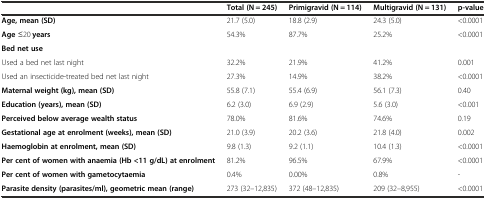
<table><thead><tr><td></td><td><b>Total (N = 245)</b></td><td><b>Primigravid (N = 114)</b></td><td><b>Multigravid (N = 131)</b></td><td><b>p-value</b></td></tr></thead><tbody><tr><td><b>Age, mean (SD)</b></td><td>21.7 (5.0)</td><td>18.8 (2.9)</td><td>24.3 (5.0)</td><td>&lt;0.0001</td></tr><tr><td><b>Age</b> ≤20 <b>years</b></td><td>54.3%</td><td>87.7%</td><td>25.2%</td><td>&lt;0.0001</td></tr><tr><td><b>Bed net use</b></td><td></td><td></td><td></td><td></td></tr><tr><td>Used a bed net last night</td><td>32.2%</td><td>21.9%</td><td>41.2%</td><td>0.001</td></tr><tr><td>Used an insecticide-treated bed net last night</td><td>27.3%</td><td>14.9%</td><td>38.2%</td><td>&lt;0.0001</td></tr><tr><td><b>Maternal weight (kg), mean (SD)</b></td><td>55.8 (7.1)</td><td>55.4 (6.9)</td><td>56.1 (7.3)</td><td>0.40</td></tr><tr><td><b>Education (years), mean (SD)</b></td><td>6.2 (3.0)</td><td>6.9 (2.9)</td><td>5.6 (3.0)</td><td>&lt;0.001</td></tr><tr><td><b>Perceived below average wealth status</b></td><td>78.0%</td><td>81.6%</td><td>74.6%</td><td>0.19</td></tr><tr><td><b>Gestational age at enrolment (weeks), mean (SD)</b></td><td>21.0 (3.9)</td><td>20.2 (3.6)</td><td>21.8 (4.0)</td><td>0.002</td></tr><tr><td><b>Haemoglobin at enrolment, mean (SD)</b></td><td>9.8 (1.3)</td><td>9.2 (1.1)</td><td>10.4 (1.3)</td><td>&lt;0.0001</td></tr><tr><td><b>Per cent of women with anaemia (Hb &lt;11 g/dL) at enrolment</b></td><td>81.2%</td><td>96.5%</td><td>67.9%</td><td>&lt;0.0001</td></tr><tr><td><b>Per cent of women with gametocytaemia</b></td><td>0.4%</td><td>0.00%</td><td>0.8%</td><td>-</td></tr><tr><td><b>Parasite density (parasites/ml), geometric mean (range)</b></td><td>273 (32–12,835)</td><td>372 (48–12,835)</td><td>209 (32–8,955)</td><td>&lt;0.0001</td></tr></tbody></table>